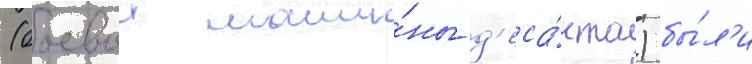
(боевои маши́ны д'еса́нта) бы́л'и